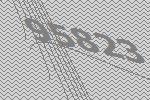
95823